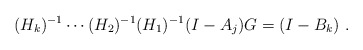
\begin{align*}(H_k)^{-1}\cdots (H_2)^{-1}(H_1)^{-1}(I-A_j)G =(I-B_k) \ .\end{align*}